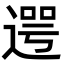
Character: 遌